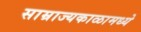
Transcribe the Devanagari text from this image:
साम्राज्यकाळामध्ये